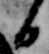
日